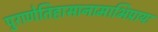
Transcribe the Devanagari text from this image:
पुराणेतिहासानामाभिप्रायः